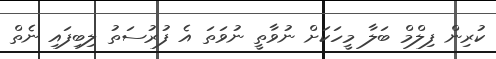
ކުރިން ފިލްމް ބަލާ މީހަކަށް ނުވާތީ ނުވަތަ އެ ފުރުސަތު ލިބިފައި ނެތް